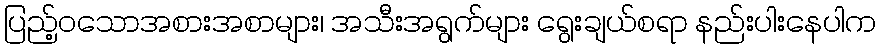
ပြည့်ဝသောအစားအစာများ၊ အသီးအရွက်များ ရွေးချယ်စရာ နည်းပါးနေပါက